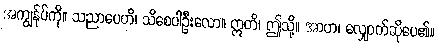
အကျွန်ုပ်ကို။ သညာပေဟိ၊ သိစေပါဦးလော။ ဣတိ၊ ဤသို့။ အာဟ၊ လျှောက်ဆိုပေ၏။